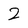
Character: 2